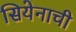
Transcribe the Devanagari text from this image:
सियेनाची